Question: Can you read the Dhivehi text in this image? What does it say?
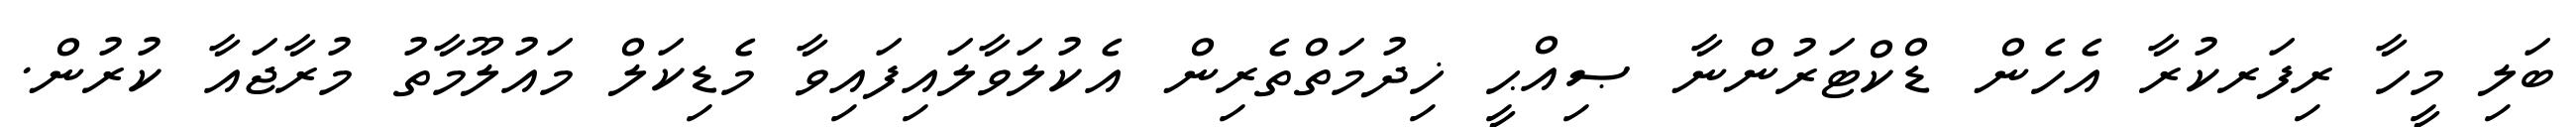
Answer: ބަލި މީހާ ރިފަރކުރާ އެހެން ޑްކްޓަރުންނާ ޞިއްޙީ ޚިދުމަތްތެރިން އެކުލަވާލައިފައިވާ މެޑިކަލް މައުލޫމާތު މުރާޖައާ ކުރުން.